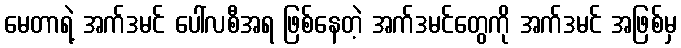
မေတာရဲ့ အက်ဒမင် ပေါ်လစီအရ ဖြစ်နေတဲ့ အက်ဒမင်တွေကို အက်ဒမင် အဖြစ်မှ